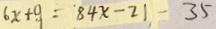
6 x + 9 = 8 4 x - 2 1 - 3 5